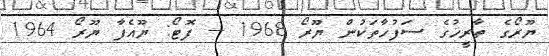
ޔޫރޯގެ ތާރީޚުގެ ސަފުހާތަކުން ޔޫރޯ 1968 -- ފޮޓޯ: ޔޫއެފާ ޔޫރޯ 1964